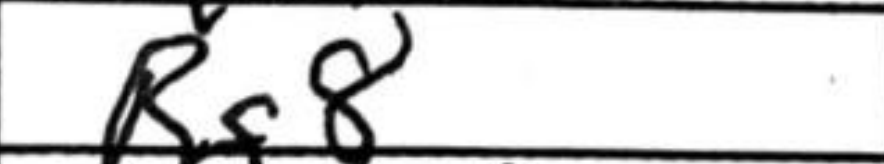
Transcription: Rg8